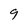
Character: 9